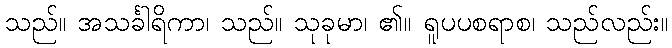
သည်။ အသင်္ခါရိကာ၊ သည်။ သုခုမာ၊ ၏။ ရူပပစရာစ၊ သည်လည်း။